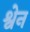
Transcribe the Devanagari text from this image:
श्वेन